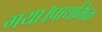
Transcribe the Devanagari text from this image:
गया।प्राथमिक